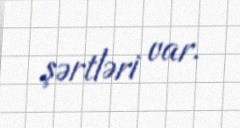
şərtləri var.